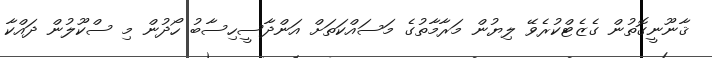
ޤާނޫނީގޮތުން ގެޒެޓްކުރެވޭ ލިޔުން މަރާމާތުގެ މަސައްކަތަށް އަންދާސީހިސާބު ހޯދުން މި ސްކޫލުން ދައްކާ